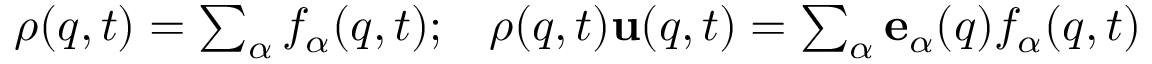
\begin{array} { r } { \rho ( { q } , t ) = \sum _ { \alpha } f _ { \alpha } ( { q } , t ) ; \; \; \; \rho ( { q } , t ) { \bf u } ( { q } , t ) = \sum _ { \alpha } { \bf e } _ { \alpha } ( { q } ) f _ { \alpha } ( { q } , t ) } \end{array}